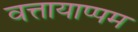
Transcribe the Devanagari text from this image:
वत्तायाप्पम